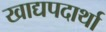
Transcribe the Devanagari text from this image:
खाद्यपदार्था